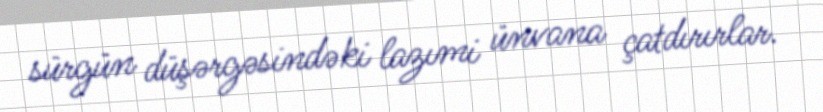
sürgün düşərgəsindəki lazımi ünvana çatdırırlar.